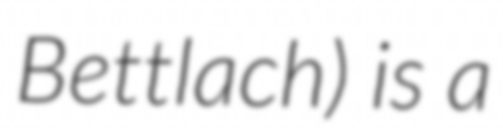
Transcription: Bettlach) is a